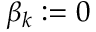
\beta _ { k } : = 0